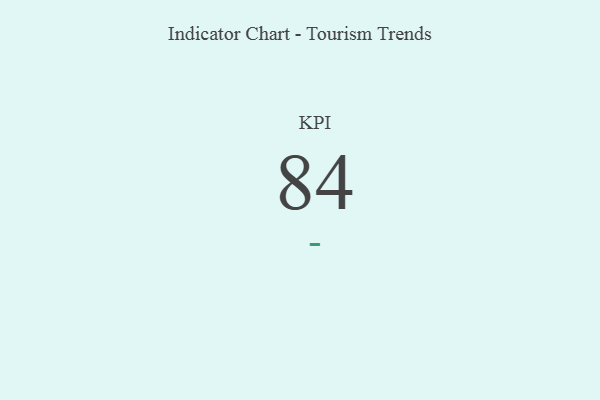
{"axis": {"x": "KPI", "y": "Value"}, "legend": [""], "data": [{"x": "KPI", "y": 84, "type": ""}]}